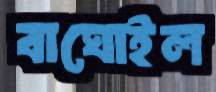
বাঘোইল